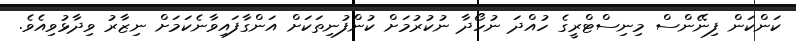
ކަންކަން ފިނޭންސް މިނިސްޓްރީގެ ހުއްދަ ނުހޯދާ ނުކުރުމަށް ކުންފުނިތަކަށް އަންގާފައިވާނެކަމަށް ނިޒާރު ވިދާޅުވިއެވެ.